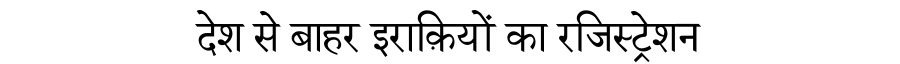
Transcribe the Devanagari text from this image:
देश से बाहर इराक़ियों का रजिस्ट्रेशन